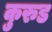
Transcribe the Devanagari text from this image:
कुरुड